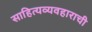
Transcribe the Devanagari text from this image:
साहित्यव्यवहाराची